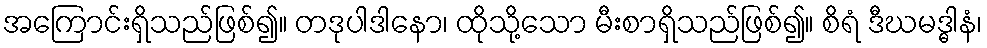
အကြောင်းရှိသည်ဖြစ်၍။ တဒုပါဒါနော၊ ထိုသို့သော မီးစာရှိသည်ဖြစ်၍။ စိရံ ဒီဃမဒ္ဓါနံ၊